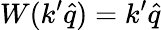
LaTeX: W(k^{\prime}\hat{q})=k^{\prime}\hat{q}